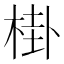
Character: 𱣧